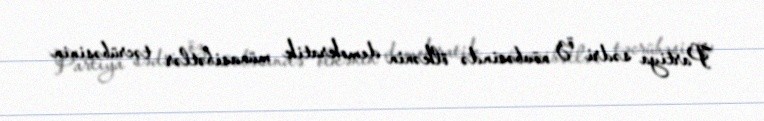
Partiya sədri öz növbəsində ölkənin demokratik münasibətlər təcrübəsinin